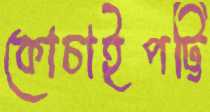
কোচাইপট্টি